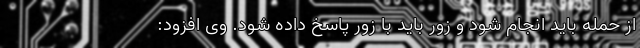
از حمله باید انجام شود و زور باید با زور پاسخ داده شود. وی افزود: